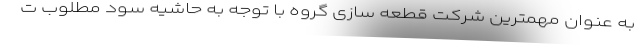
به عنوان مهمترین شرکت قطعه سازی گروه با توجه به حاشیه سود مطلوب ت